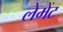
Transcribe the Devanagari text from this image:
लेमेंट